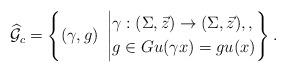
LaTeX: \begin{align*}\widehat{\mathcal G}_c = \left\{(\gamma,g) \,\, \left\vert\aligned& \gamma : (\Sigma,\vec z) \to (\Sigma,\vec z), , \\&g \in G u(\gamma x) = g u(x)\endaligned\right\}\right..\end{align*}